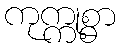
ကုက္ကုစ္စာ